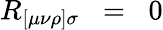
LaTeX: R_{[\mu\nu\rho]\sigma}\; \; =\; \; 0